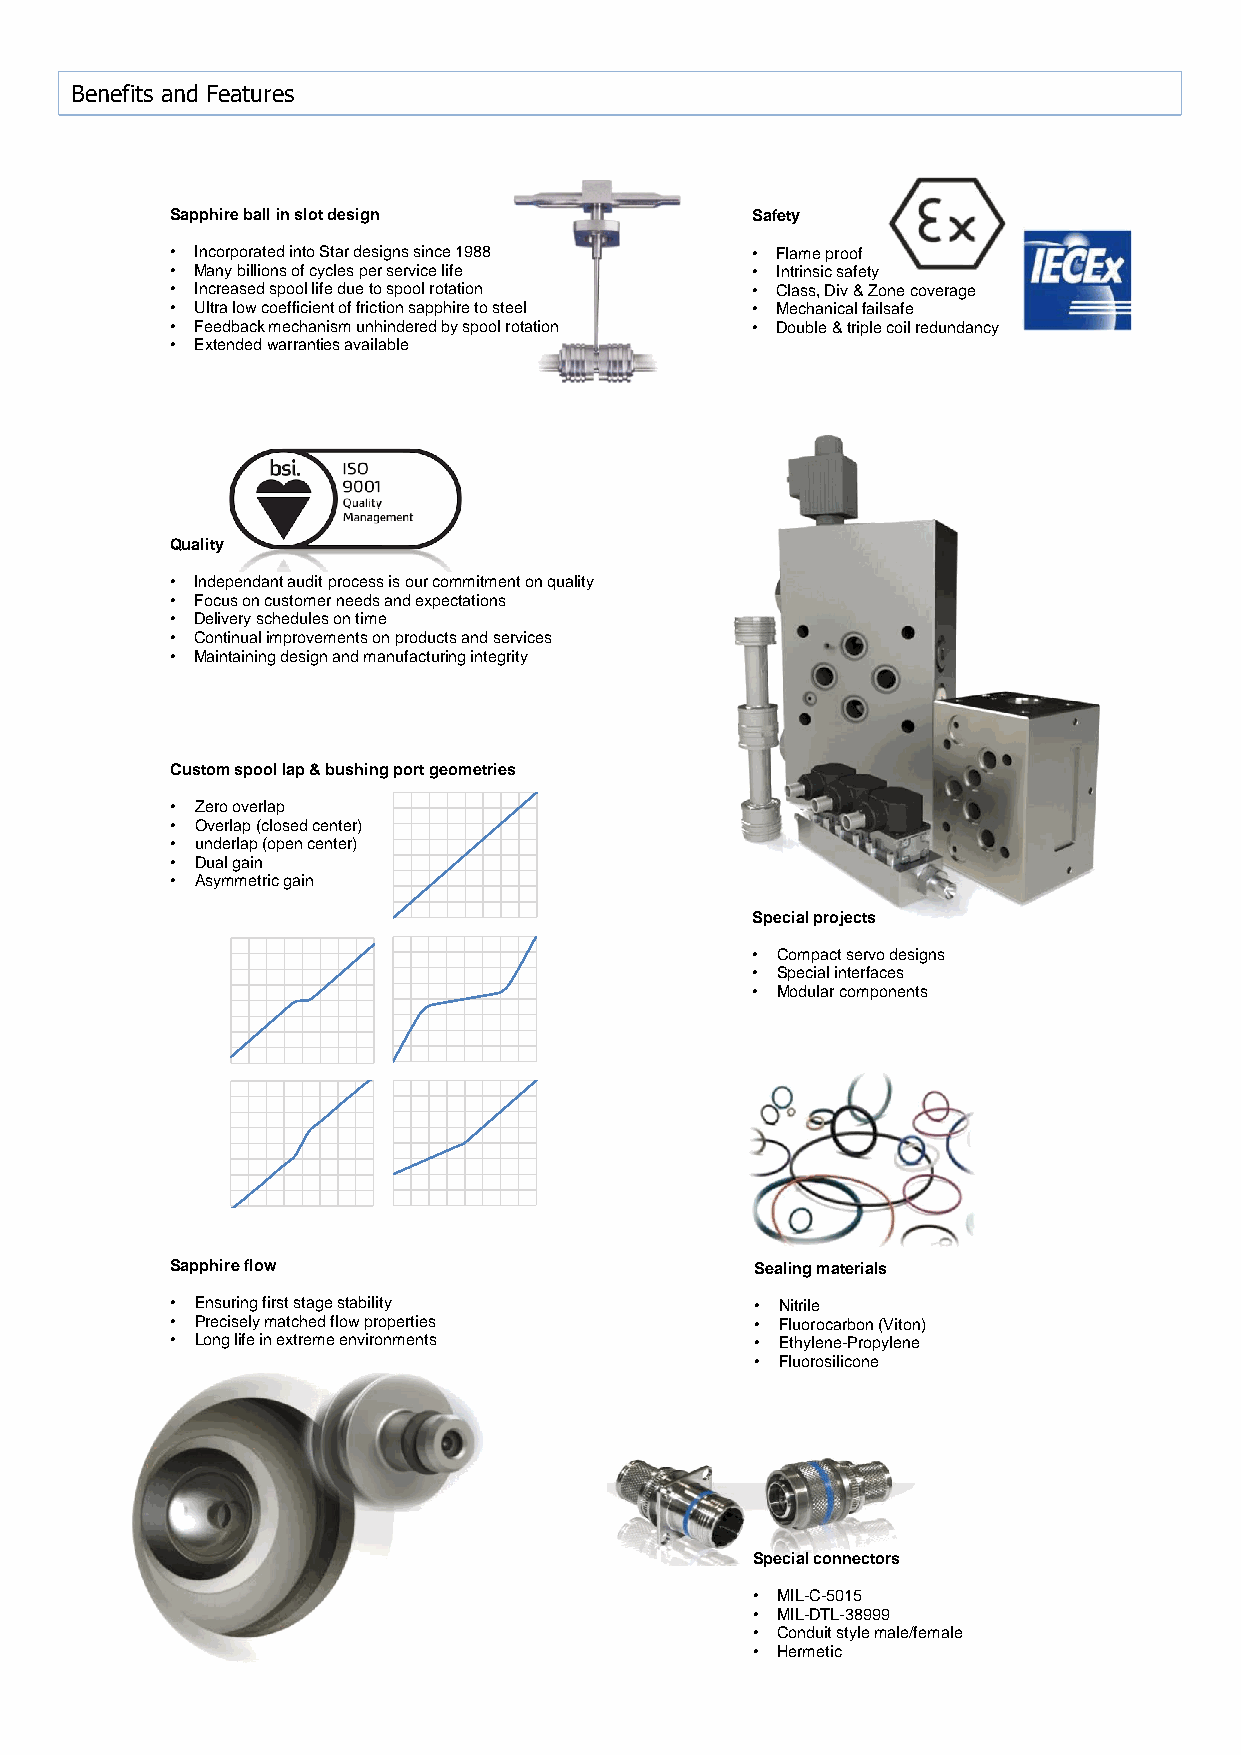
Benefits and Features
 Sapphire ball in slot design           Safety
 • Incorporated into Star designs since 1988 • Flame proof
 • Many billions of cycles per service life • Intrinsic safety
 • Increased spool life due to spool rotation • Class, Div & Zone coverage
 • Ultra low coefficient of friction sapphire to steel • Mechanical failsafe
 • Feedback mechanism unhindered by spool rotation • Double& triple coil redundancy
 • Extended warranties available
 Quality
 • Independant audit process is our commitment on quality
 • Focus on customerneeds and expectations
 • Delivery schedules on time
 • Continual improvements on products and services                              In
 • Maintaining design and manufacturing integrity
 100
 90
 80
 Custom spool lap & bushing portgeometries                                      70
 • Zero overlap                                                                 60
 • Overlap(closed center)
 50
 • underlap (open center)
 • Dual gain                                                                    40
 • Asymmetricgain
 30
 Specialprojects                         20
 • Compact servo designs                 10
 • Special interfaces
 0
 • Modular components
 -10
 -20
 -30
 -40
 -50
 -60
 -70
 -80
 -90
 Sapphire flow                          Sealing materials
 -100
 • Ensuring first stage stability       • Nitrile
 • Precisely matched flowproperties     • Fluorocarbon(Viton)
 • Long life in extreme environments    • Ethylene-Propylene
 • Fluorosilicone
 Specialconnectors
 • MIL-C-5015
 • MIL-DTL-38999
 • Conduit style male/female
 • Hermetic